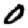
Digit: 0